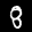
Label: 8